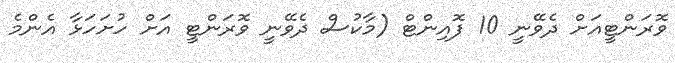
ވޮރަންޓީއަށް ދެވޭނީ 10 ފޮއިންޓް (މާކުސް ދެވޭނީ ވޮރަންޓީ އަށް ހުށަހަޅާ އެންމެ